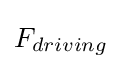
F_{driving}